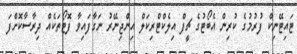
ޓައިޓޭނިކް ފުރުމުގެ ކުރިން އެބޯޓުގެ ޗީފް އިލެކްޓްރިކަލް އިންޖިނޭރު ނަގާފައިވާ ފޮޓޯތަކެއް ދިރާސާކޮށްފަ